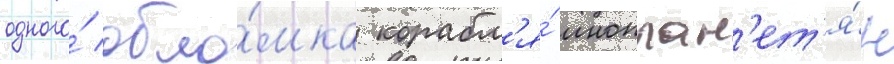
одного́ обло́мка корабл'я́ иноплан'ет'я́н